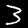
Label: 3